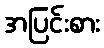
အပြင်းစား